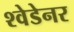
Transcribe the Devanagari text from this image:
श्वेडेनर